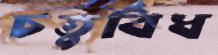
চতুর্বিধ